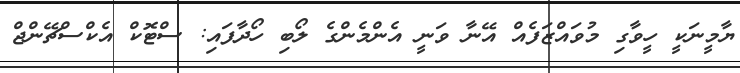
ޔާމީނަކީ ހީވާގި މުވައްޒަފެއް އޭނާ ވަނީ އެންމެންގެ ލޯބި ހޯދާފައި: ސްޓޮކް އެކްސްޗޭންޖް